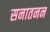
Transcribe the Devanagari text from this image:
सनातनन